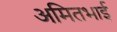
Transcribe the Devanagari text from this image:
अमितभाई